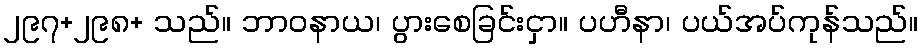
၂၉၇+၂၉၈+ သည်။ ဘာဝနာယ၊ ပွားစေခြင်းငှာ။ ပဟီနာ၊ ပယ်အပ်ကုန်သည်။